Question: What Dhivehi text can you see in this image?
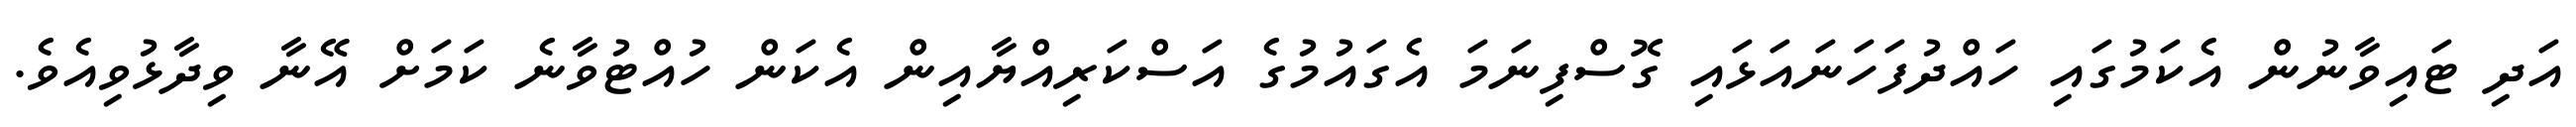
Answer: އަދި ޓައިވާނުން އެކަމުގައި ހައްދުފަހަނައަޅައި ގޮސްފިނަމަ އެގައުމުގެ އަސްކަރިއްޔާއިން އެކަން ހުއްޓުވާނެ ކަމަށް އޭނާ ވިދާޅުވިއެވެ.